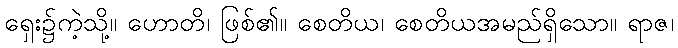
ရှေး၌ကဲ့သို့။ ဟောတိ၊ ဖြစ်၏။ စေတိယ၊ စေတိယအမည်ရှိသော။ ရာဇ၊